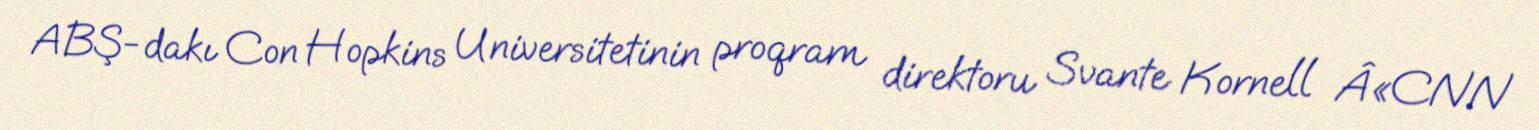
ABŞ-dakı Con Hopkins Universitetinin proqram direktoru Svante Kornell Â«CNN